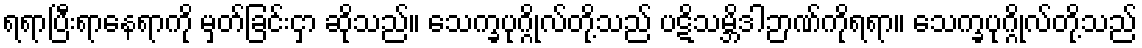
ရရာပြီးရာနေရာကို မှတ်ခြင်းငှာ ဆိုသည်။ သေက္ခပုဂ္ဂိုလ်တို့သည် ပဋိသမ္ဘိဒါဉာဏ်ကိုရရာ။ သေက္ခပုဂ္ဂိုလ်တို့သည်